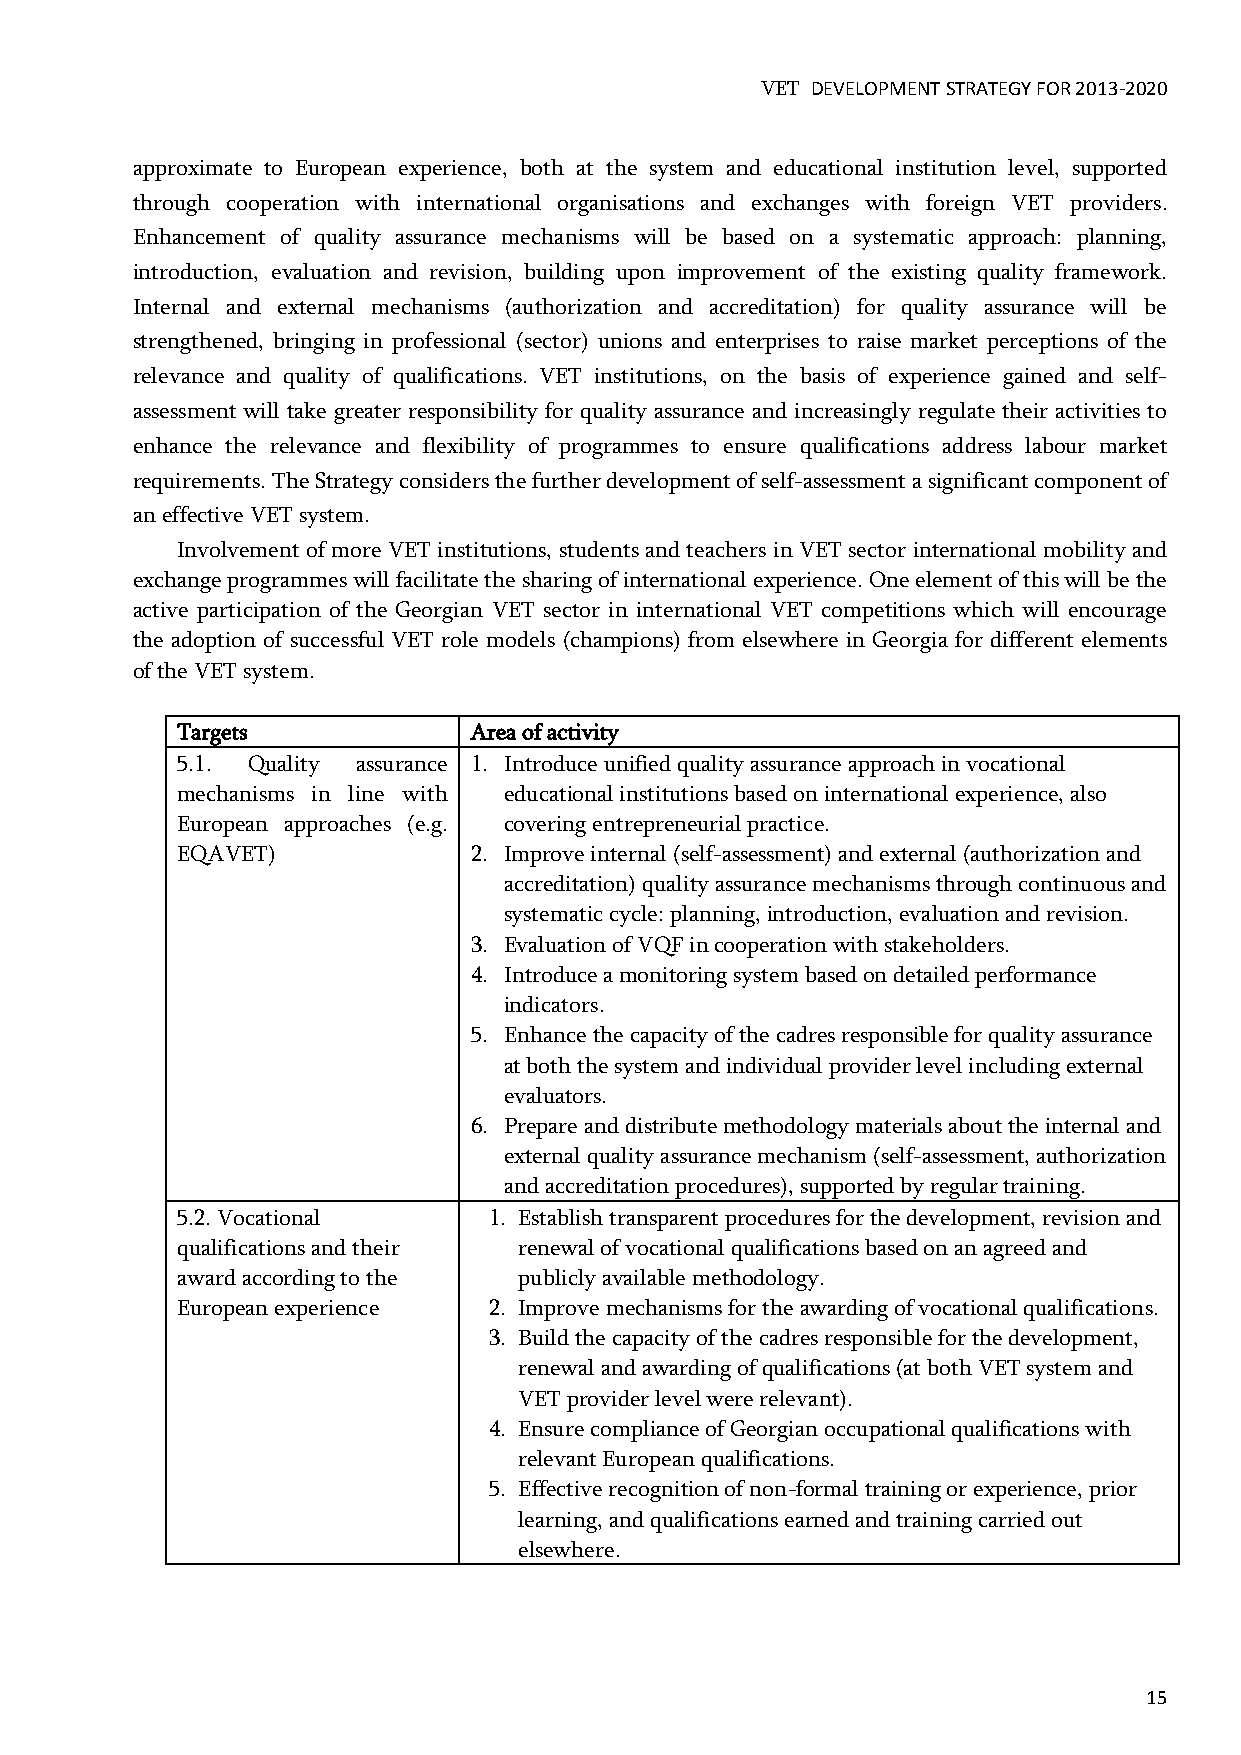
VET DEVELOPMENT STRATEGY FOR 2013-2020
 approximate to European experience, both at the system and educational institution level, supported
 through cooperation with international organisations and exchanges with foreign VET providers.
 Enhancement of quality assurance mechanisms will be based on a systematic approach: planning,
 introduction, evaluation and revision, building upon improvement of the existing quality framework.
 Internal and external mechanisms (authorization and accreditation) for quality assurance will be
 strengthened, bringing in professional (sector) unions and enterprises to raise market perceptions of the
 relevance and quality of qualifications. VET institutions, on the basis of experience gained and self-
 assessment will take greater responsibility for quality assurance and increasingly regulate their activities to
 enhance the relevance and flexibility of programmes to ensure qualifications address labour market
 requirements. The Strategy considers the further development of self-assessment a significant component of
 an effective VET system.
 Involvement of more VET institutions, students and teachers in VET sector international mobility and
 exchange programmes will facilitate the sharing of international experience. One element of this will be the
 active participation of the Georgian VET sector in international VET competitions which will encourage
 the adoption of successful VET role models (champions) from elsewhere in Georgia for different elements
 of the VET system.
 Targets            Area of activity
 5.1. Quality assurance 1. Introduce unified quality assurance approach in vocational
 mechanisms in line with educational institutions based on international experience, also
 European approaches (e.g. covering entrepreneurial practice.
 EQAVET)            2. Improve internal (self-assessment) and external (authorization and
 accreditation) quality assurance mechanisms through continuous and
 systematic cycle: planning, introduction, evaluation and revision.
 3. Evaluation of VQF in cooperation with stakeholders.
 4. Introduce a monitoring system based on detailed performance
 indicators.
 5. Enhance the capacity of the cadres responsible for quality assurance
 at both the system and individual provider level including external
 evaluators.
 6. Prepare and distribute methodology materials about the internal and
 external quality assurance mechanism (self-assessment, authorization
 and accreditation procedures), supported by regular training.
 5.2. Vocational     1. Establish transparent procedures for the development, revision and
 qualifications and their renewal of vocational qualifications based on an agreed and
 award according to the publicly available methodology.
 European experience 2. Improve mechanisms for the awarding of vocational qualifications.
 3. Build the capacity of the cadres responsible for the development,
 renewal and awarding of qualifications (at both VET system and
 VET provider level were relevant).
 4. Ensure compliance of Georgian occupational qualifications with
 relevant European qualifications.
 5. Effective recognition of non-formal training or experience, prior
 learning, and qualifications earned and training carried out
 elsewhere.
 15